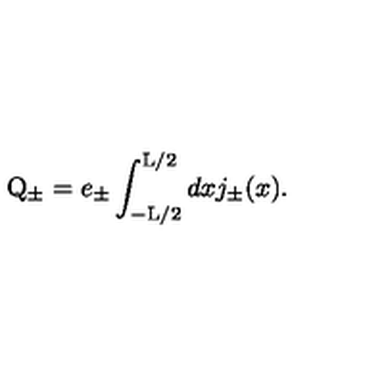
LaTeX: \mathrm { Q } _ { \pm } = e _ { \pm } \int _ { - \mathrm { L } / 2 } ^ { \mathrm { L } / 2 } d x j _ { \pm } ( x ) .